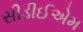
સીડીઈએમ